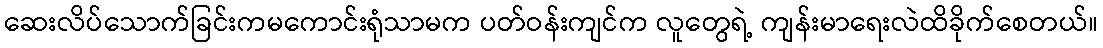
ဆေးလိပ်သောက်ခြင်းကမကောင်းရုံသာမက ပတ်ဝန်းကျင်က လူတွေရဲ့ ကျန်းမာရေးလဲထိခိုက်စေတယ်။